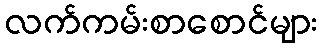
လက်ကမ်းစာစောင်များ